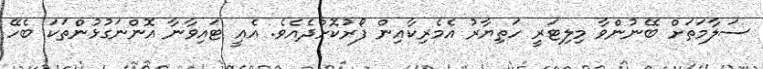
ސަލާމަތަށް ބޭނުންވާ މިލިޓަރީ ހަތިޔާރު އެމެރިކާއިން ފޯރުކޮށްދެއެވެ. އެއީ ޓައިވާނާ އޮންނަގުޅުންތަކަ ބެހޭ